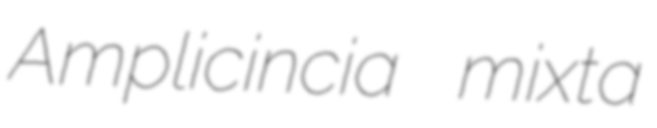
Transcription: Amplicincia mixta